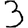
Digit: 3